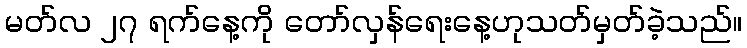
မတ်လ ၂၇ ရက်နေ့ကို တော်လှန်ရေးနေ့ဟုသတ်မှတ်ခဲ့သည်။